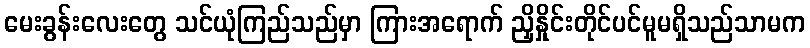
မေးခွန်းလေးတွေ သင်ယုံကြည်သည်မှာ ကြားအရောက် ညှိနှိုင်းတိုင်ပင်မူမရှိသည်သာမက